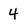
Character: 4